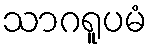
သာဂရူပမံ